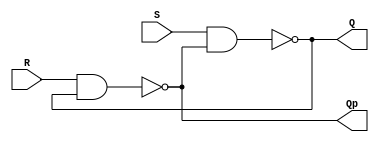

module Latch(	
		input S,
		input R,
		output Q,
		output Qp
	);
	
	wire tmpQ, tmpQp;
    
    nand #1 (tmpQ, S, tmpQp);
    nand #1 (tmpQp, R, tmpQ);
    
    assign Q = tmpQ;
    assign Qp = tmpQp;

	

endmodule